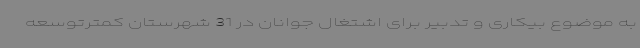
به موضوع بیکاری و تدبیر برای اشتغال جوانان در 31 شهرستان کمترتوسعه